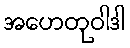
အဟေတုဝါဒါ